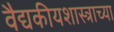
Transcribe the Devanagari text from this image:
वैद्यकीयशास्त्राच्या